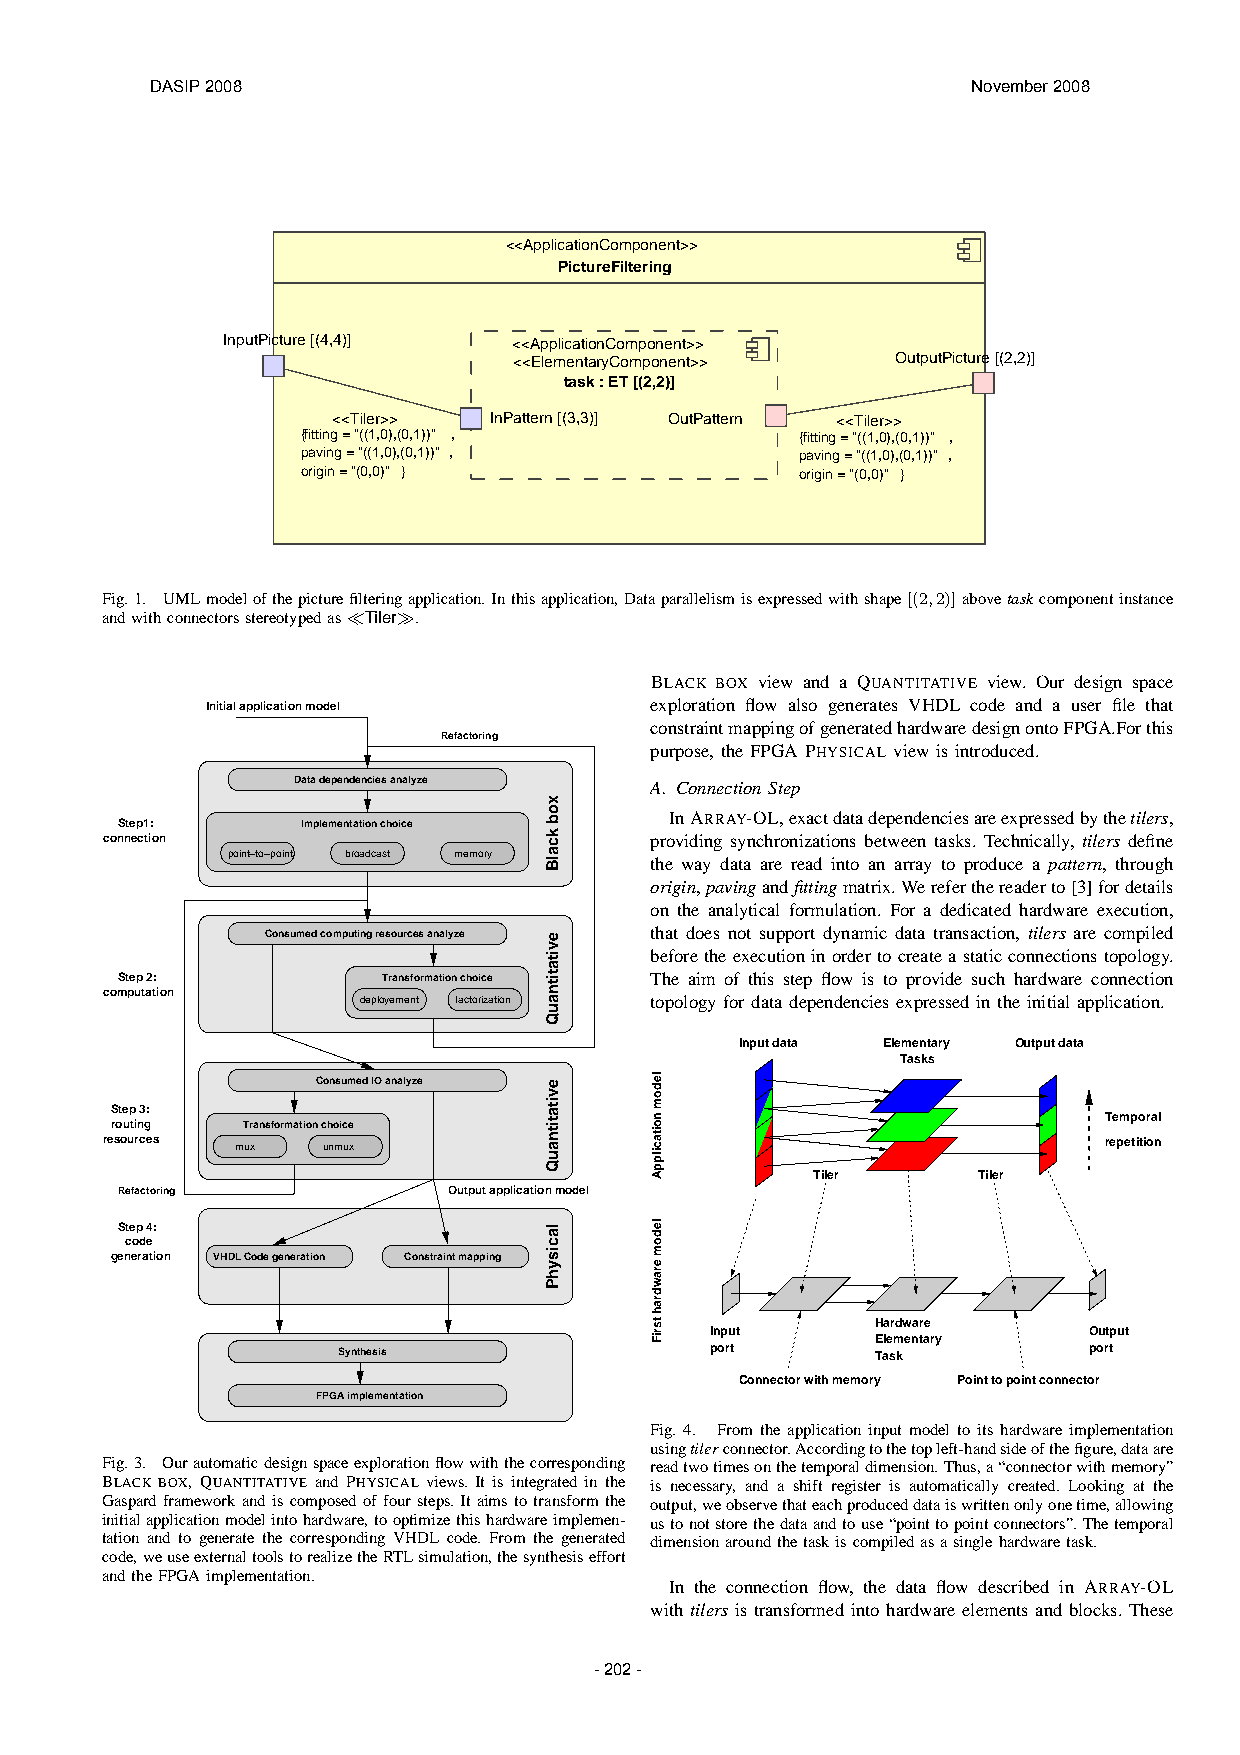
DASIP 2008                                            November 2008
 <<ApplicationComponent>>
 PictureFiltering
 InputPicture [(4,4)] <<ApplicationComponent>>
 <<ElementaryComponent>>  OutputPicture [(2,2)]
 task : ET [(2,2)]
 <<Tiler>> InPattern [(3,3)] OutPattern <<Tiler>>
 {fitting = "((1,0),(0,1))" ,     {fitting = "((1,0),(0,1))" ,
 paving = "((1,0),(0,1))" ,       paving = "((1,0),(0,1))" ,
 origin = "(0,0)" }               origin = "(0,0)" }
 Fig.1. UMLmodelofthepicturefilteringapplication.Inthisapplication,Dataparallelismisexpressedwithshape[(2,2)]abovetaskcomponentinstance
 andwithconnectorsstereotypedas≪Tiler≫.
 BLACK BOX view and a QUANTITATIVE view. Our design space
 Initial application model    exploration flow also generates VHDL code and a user file that
 constraintmappingofgeneratedhardwaredesignontoFPGA.Forthis
 Refactoring
 purpose, the FPGA PHYSICAL view is introduced.
 Data dependencies analyze A. Connection Step
 Step1:      Implementation choice
 InARRAY-OL,exactdatadependenciesareexpressedbythetilers,
 connection                          providing synchronizations between tasks. Technically, tilers define
 point−to−point broadcast memory
 the way data are read into an array to produce a pattern, through
 origin,pavingandfittingmatrix.Wereferthereaderto[3]fordetails
 on the analytical formulation. For a dedicated hardware execution,
 Consumed computing resources analyze that does not support dynamic data transaction, tilers are compiled
 beforetheexecutioninordertocreateastaticconnectionstopology.
 Step 2:          Transformation choice The aim of this step flow is to provide such hardware connection
 computation      deployement factorization topology for data dependencies expressed in the initial application.
 Input data Elementary Output data
 Tasks
 Consumed IO analyze
 Step 3:
 Temporal
 routing  Transformation choice
 resources mux unmux                                               repetition
 Tiler      Tiler
 Refactoring           Output application model
 Step 4:
 code
 generation VHDL Code generation Constraint mapping
 Hardware
 Input                    Output
 Elementary
 Synthesis                port       Task          port
 Connector with memory Point to point connector
 FPGA implementation
 Fig. 4. From the application input model to its hardware implementation
 usingtilerconnector.Accordingtothetopleft-handsideofthefigure,dataare
 Fig.3. Ourautomaticdesignspaceexplorationflowwiththecorresponding readtwotimesonthetemporaldimension.Thus,a“connectorwithmemory”
 BLACK BOX, QUANTITATIVE and PHYSICAL views. It is integrated in the is necessary, and a shift register is automatically created. Looking at the
 Gaspard frameworkandiscomposedoffoursteps. Itaims totransformthe output,weobservethateachproduceddataiswrittenonlyonetime,allowing
 initialapplicationmodelintohardware,tooptimizethishardwareimplemen- ustonotstorethedataandtouse“pointtopointconnectors”.Thetemporal
 tation and to generate the corresponding VHDL code. From the generated dimensionaroundthetaskiscompiledasasinglehardwaretask.
 code,weuseexternaltoolstorealizetheRTLsimulation,thesynthesiseffort
 andtheFPGAimplementation.
 In the connection flow, the data flow described in ARRAY-OL
 with tilers is transformed into hardware elements and blocks. These
 - 202 -
 xob
 kcalB
 evitatitnauQ
 evitatitnauQ
 lacisyhP
 ledom
 noitacilppA
 ledom
 erawdrah
 tsriF